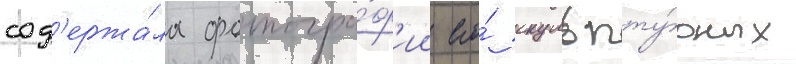
сод'ержа́ла фотогра́ф'ии его́ скульпту́рных